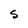
Character: S